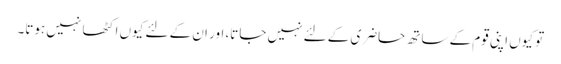
تو کیوں اپنی قوم کے ساتھ حاضری کے لئے نہیں جاتا، اور ان کے لئے کیوں اکٹھا نہیں ہوتا۔